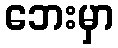
ဘေးမှာ